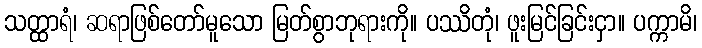
သတ္ထာရံ၊ ဆရာဖြစ်တော်မူသော မြတ်စွာဘုရားကို။ ပဿိတုံ၊ ဖူးမြင်ခြင်းငှာ။ ပက္ကာမိ၊